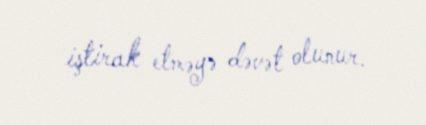
iştirak etməyə dəvət olunur.